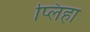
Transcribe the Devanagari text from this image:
प्लिहा